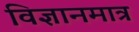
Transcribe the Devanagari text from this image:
विज्ञानमात्र